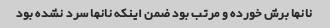
نانها برش خورده و مرتب بود ضمن اینکه نانها سرد نشده بود